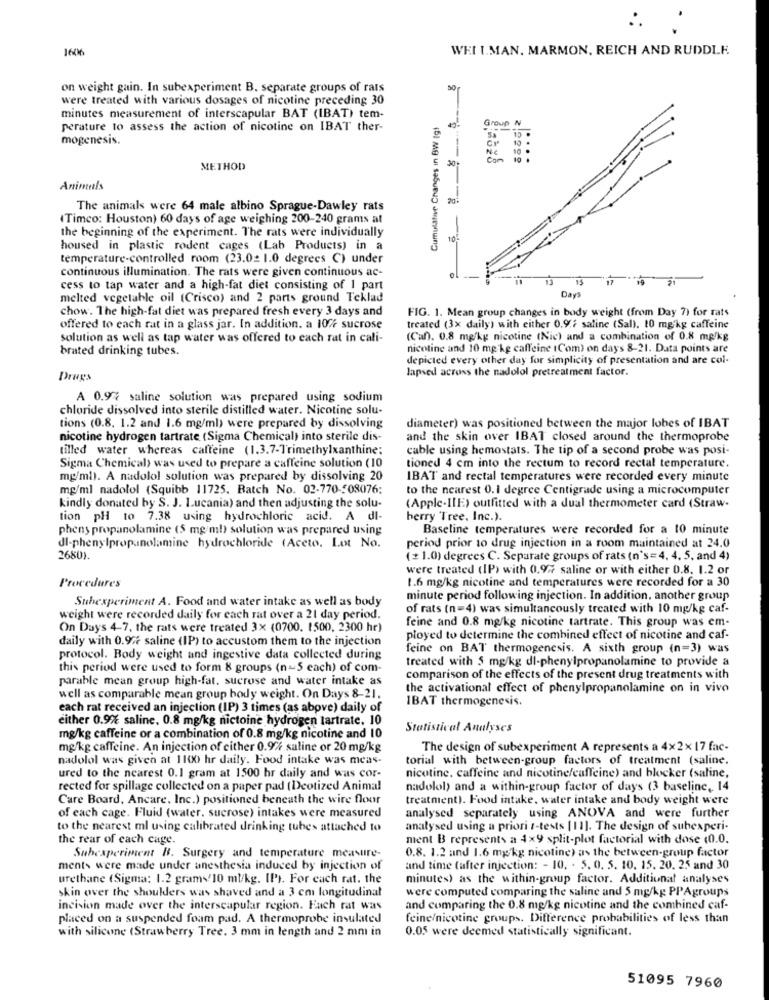
::
1606
WEIL.MAN. MARMON, REICH AND RUDDLE,
on weight gain. In subexperiment B. separate groups of rats
were treated with various dosages of nicotine preceding 30
minutes measurement of interscapular BAT (IBAT) tem-
Cumulative Changes in BW Ig!
Group N
perature to assess the action of nicotine on IBAT ther-
mogenesis.
CY
30-
Com
10 .
METHOD
Animals
20
The animals were 64 male albino Sprague-Dawley rats
(Timco: Houston) 60 days of age weighing 200-240 grams at
the beginning of the experiment. The rats were individually
10
housed in plastic rodent cages (Lab Products) in a
temperature-controlled room (23.02 1.0 degrees C) under
continuous illumination. The rats were given continuous ac-
15
17
cess to tap water and a high-fat diet consisting of I part
melted vegetable oil (Crisco) and 2 parts ground Teklad
Days
chow. The high-fat diet was prepared fresh every 3 days and
FIG. 1. Mean group changes in body weight (from Day 7) for rats
offered to each rat in a glass jar. In addition. a 10% sucrose
treated (3x daily) with either 0.9.2 saline (Sal). 10 mg/kg caffeine
solution as well as tap water was offered to each rat in cali-
(Can). 0.8 mg/kg nicotine (Nic) and a combination of 0.8 mg/kg
brated drinking tubes.
nicotine and 10 mg/kg caffeine (Com) on days 8-21. Data points are
depicted every other day for simplicity of presentation and are col-
lapsed across the nadolol pretreatment factor.
Drugs
A 0.9% saline solution was prepared using sodium
chloride dissolved into sterile distilled water. Nicotine solu-
diameter) was positioned between the major lobes of IBAT
tions (0.8. 1.2 and 1.6 mg/ml) were prepared by dissolving
nicotine hydrogen tartrate (Sigma Chemical) into sterile dis-
and the skin over IBAT closed around the thermoprobe
tilled water whereas caffeine (1.3.7-Trimethylxanthine;
cable using hemostats. The tip of a second probe was posi-
Sigma Chemical) was used to prepare a caffeine solution (10
tioned 4 cm into the rectum to record rectal temperature.
mg/ml). A nadolol solution was prepared by dissolving 20
IBAT and rectal temperatures were recorded every minute
mg/ml nadolol (Squibb 11725. Batch No. 02-770-508076:
to the nearest 0.1 degree Centigrade using a microcomputer
kindly donated by S. J. Lucania) and then adjusting the solu-
(Apple-IIE) outfitted with a dual thermometer card (Straw-
tion pH to 7.38 using hydrochloric acid. A di-
berry Tree, Inc.).
phens propanolamine (5 mg/ml) solution was prepared using
Baseline temperatures were recorded for a 10 minute
dl-phenylpropanolamine hydrochloride (Aceto. Lot No.
period prior to drug injection in a room maintained at 24.0
2680).
(+ 1.0) degrees C. Separate groups of rats (n's=4, 4, 5, and 4)
were treated (IP) with 0.97 saline or with either 0.8. 1.2 or
1.6 mg/kg nicotine and temperatures were recorded for a 30
Procedures
Subexperiment A. Food and water intake as well as body
minute period following injection. In addition, another group
of rats (n=4) was simultaneously treated with 10 mg/kg caf-
weight were recorded daily for each rat over a 21 day period.
feine and 0.8 mg/kg nicotine tartrate. This group was em-
On Days 4-7, the rats were treated 3x (0700. 1500, 2300 hr)
daily with 0.977 saline (IP) to accustom them to the injection
ployed to determine the combined effect of nicotine and caf-
feine on BAT thermogenesis. A sixth group (n=3) was
protocol. Body weight and ingestive data collected during
treated with 5 mg/kg dl-phenylpropanolamine to provide a
this period were used to form 8 groups (n-5 each) of com-
parable mean group high-fat, sucrose and water intake as
comparison of the effects of the present drug treatments with
the activational effect of phenylpropanolamine on in vivo
well as comparable mean group body weight. On Days 8-21.
IBAT thermogenesis.
each rat received an injection (IP) 3 times (as above) daily of
either 0.9% saline. 0.8 mg/kg nictoine hydrogen tartrate. 10
Statistical Analyses
mg/kg caffeine or a combination of 0.8 mg/kg nicotine and 10
mg/kg caffeine. An injection of cither 0.9% saline or 20 mg/kg
The design of subexperiment A represents a 4x2x 17 fac-
nadolol was given at 1100 hr daily. Food intake was meas-
torial with between-group factors of treatment (saline.
ured to the nearest 0.1 gram at 1500 hr daily and was cor-
nicotine, caffeine and nicotine/caffeine) and blocker (saline,
rected for spillage collected on a paper pad (Deotized Animal
nadolol) and a within-group factor of days (3 baseline, 14
Care Board, Ancare, Inc.) positioned beneath the wire floor
treatment). Food intake, water intake and body weight were
of each cage. Fluid (water, sucrose) intakes were measured
analysed separately using ANOVA and were further
to the nearest ml using calibrated drinking tubes attached to
analysed using a priori 1-tests [I]. The design of subexperi-
the rear of each cage.
ment B represents a 4×9 split-plot factorial with dose (0.0.
0.8. 1.2 and 1.6 mg/kg nicotine) as the between-group factor
Subexperiment B. Surgery and temperature measure-
ments were made under anesthesia induced by injection of
and time (after injection: - 10. . 5. 0. 5. 10. 15. 20. 25 and 30
urethane (Sigma: 1.2 gram/10 ml/kg. IP). For each rat. the
minutes) as the within-group factor. Additional analyses
skin over the shoulders was shaved and a 3 cm longitudinal
were computed comparing the saline and 5 mg/kg PPAgroups
incision made over the interscapular region. Fach rat was
and comparing the 0.8 mg/kg nicotine and the combined caf-
placed on a suspended foam pad. A thermoprobe insulated
feine/nicotine groups. Difference probabilities of less than
with silicone (Strawberry Tree. 3 mm in length and 2 mm in
0.05 were deemed statistically significant.
51095 7960